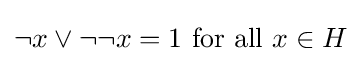
\lnot x\vee \lnot \lnot x=1{\mbox{ for all }}x\in H